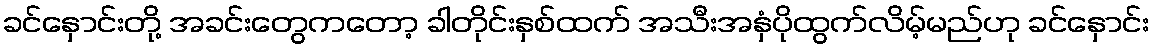
ခင်နှောင်းတို့ အခင်းတွေကတော့ ခါတိုင်းနှစ်ထက် အသီးအနှံပိုထွက်လိမ့်မည်ဟု ခင်နှောင်း